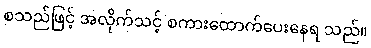
စသည်ဖြင့် အလိုက်သင့် စကားထောက်ပေးနေရ သည်။